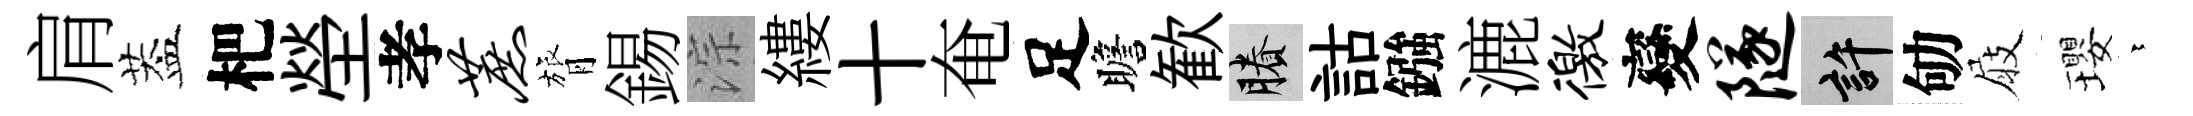
肩葢杷塋孝蔗膂錫淙縷十奄足瞻歓賸詁鏹漉徼變隧許劬屐瓔依